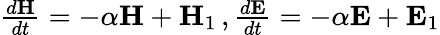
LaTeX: \begin{array}{r}{\frac{d\mathbf{H}}{dt}=-\alpha\mathbf{H}+\mathbf{H}_{1}\, ,\frac{d\mathbf{E}}{dt}=-\alpha\mathbf{E}+\mathbf{E}_{1}}\end{array}